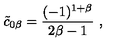
{ \tilde { c } } _ { 0 \beta } = { \frac { ( - 1 ) ^ { 1 + \beta } } { 2 \beta - 1 } } \ ,